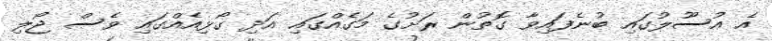
އެ އުސޫލުގައި ބުނެފައިވާ ގޮތުން ރަށުގެ މަގެއްގައި އަދި ގޯޅިއެއްގައި ވެސް ޖޯލި